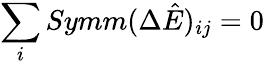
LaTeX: \sum_{i}Symm(\Delta\hat{E})_{ij}=0